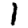
Digit: 1